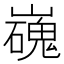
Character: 𡾖